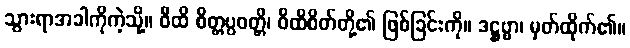
သွားရာအခါကိုကဲ့သို့။ ဝီထိ စိတ္တပ္ပဝတ္တိ၊ ဝီထိစိတ်တို့၏ ဖြစ်ခြင်းကို။ ဒဋ္ဌဗ္ဗာ၊ မှတ်ထိုက်၏။